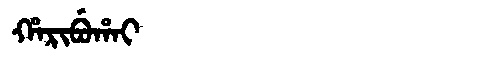
Manchu: ᡥᠠᡵᡳᠪᡠᡥᠠᡳ
Romanization: HARIBUHAI